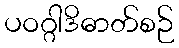
ပဝဂ္ဂါဒိဓာတ်စဉ်